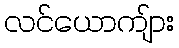
လင်ယောကျ်ား